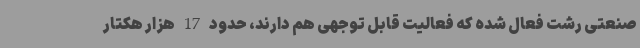
صنعتی رشت فعال شده که فعالیت قابل توجهی هم دارند، حدود 17 هزار هکتار